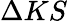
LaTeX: \Delta KS